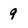
Character: g